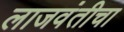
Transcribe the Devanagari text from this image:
लाजवंतीचा